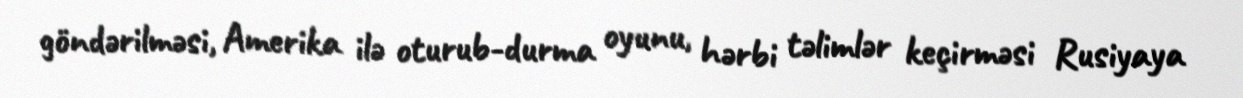
göndərilməsi, Amerika ilə oturub-durma oyunu, hərbi təlimlər keçirməsi Rusiyaya